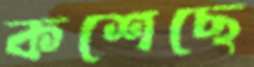
কশেছে